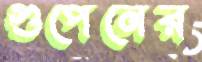
গুপেনের